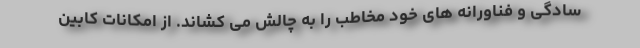
سادگی و فناورانه های خود مخاطب را به چالش می کشاند. از امکانات کابین